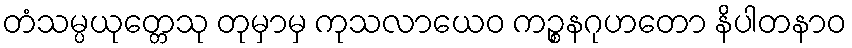
တံသမ္ပယုတ္တေသု တုမှာမှ ကုသလာယေဝ ကဉ္စနဂုဟတော နိပါတနာဝ